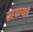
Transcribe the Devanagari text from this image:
सहकाऱ्याचे